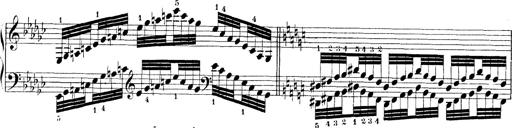
Title: Technische Studien
Composer: Franz Liszt